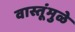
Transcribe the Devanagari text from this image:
वास्तूंमुळे